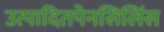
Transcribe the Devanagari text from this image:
उत्पादितपेनसिलिंस